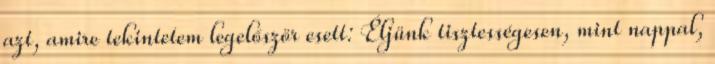
azt, amire tekintetem legelőször esett: Éljünk tisztességesen, mint nappal,